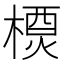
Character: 𬄇